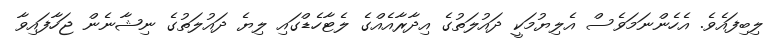
ލިބިފައެވެ. އެހެންނަމަވެސް އެލިޔުމަކީ ދައުލަތުގެ އިދާރާއެއްގެ ލެޓާހެޑްގައި ލިޔެ ދައުލަތުގެ ނިޝާނެން ޖަހާފައިވާ